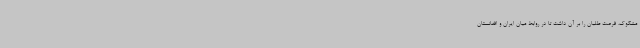
مشکوک، فرصت طلبان را بر آن داشت تا در روابط میان ایران و افغانستان